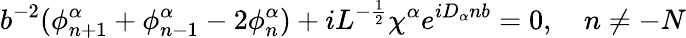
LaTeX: b^{-2}(\phi_{n+1}^{\alpha}+\phi_{n-1}^{\alpha}-2\phi_{n}^{\alpha})+iL^{-\frac{1}{2}}\chi^{\alpha}e^{iD_{\alpha}nb}=0,\quad n\neq-N